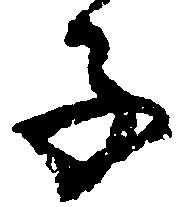
子